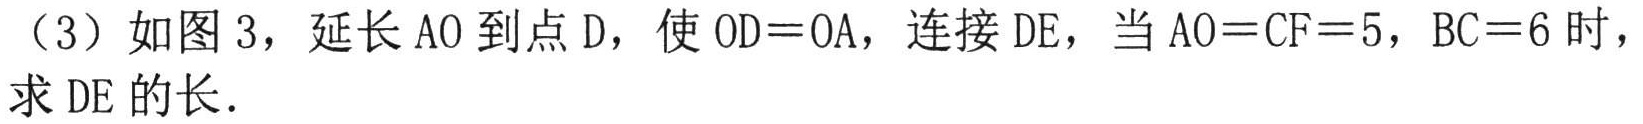
（3）如图 3，延长 AO 到点 D，使 OD = OA，连接 DE，当 AO = CF = 5，BC = 6 时，求 DE 的长．